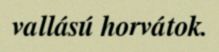
vallású horvátok.